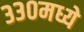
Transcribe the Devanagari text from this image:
३३०मध्ये